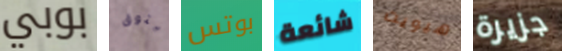
بوبي يتوق بوتس شائعة هيويت جزيرة